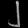
Digit: ၂